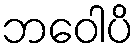
ဘဝေါပိ